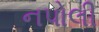
નપોલી